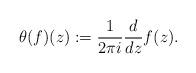
LaTeX: \begin{align*}\theta(f)(z) :=\frac{1}{2\pi i} \frac{d}{dz} f(z).\end{align*}